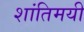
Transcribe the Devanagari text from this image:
शांतिमयी